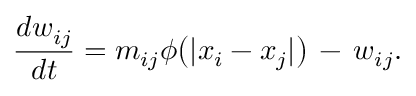
\frac { d w _ { i j } } { d t } = m _ { i j } \phi \big ( | x _ { i } - x _ { j } | \big ) \, - \, w _ { i j } .